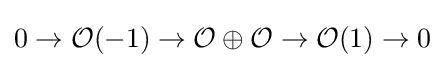
0\to {\mathcal {O}}(-1)\to {\mathcal {O}}\oplus {\mathcal {O}}\to {\mathcal {O}}(1)\to 0